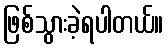
ဖြစ်သွားခဲ့ရပါတယ်။